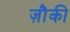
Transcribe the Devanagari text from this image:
ज़ौकी